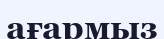
ағармыз